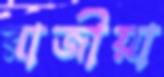
রাজীয়া